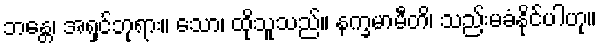
ဘန္တေ၊ အရှင်ဘုရား။ သော၊ ထိုသူသည်။ နက္ခမာမီတိ၊ သည်းမခံနိုင်ပါဟု။